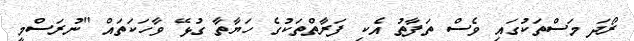
ރޯދަ މަސްތަކުގައި ވެސް ތަފާތު އެކި ފަރާތްތަކުގެ ހަޔާތާ ގުޅޭ ވާހަކަތައް "ނުރަސްމީ